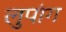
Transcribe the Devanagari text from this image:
लुपांग